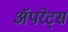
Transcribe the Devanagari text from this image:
अॅपरेट्स